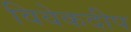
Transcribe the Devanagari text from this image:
विवेकदीप